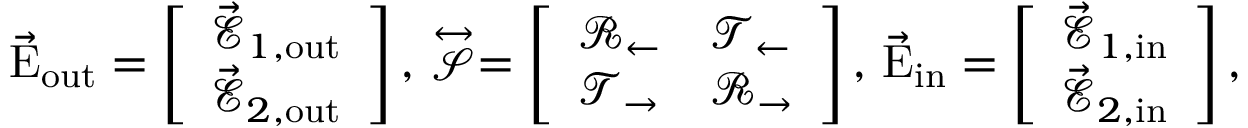
\vec { \mathrm { E } } _ { \mathrm { { o u t } } } = \left[ \begin{array} { l } { \vec { \mathcal { E } } _ { 1 , \mathrm { o u t } } } \\ { \vec { \mathcal { E } } _ { 2 , \mathrm { o u t } } } \end{array} \right] , \, \stackrel { \leftrightarrow } { \mathcal { S } } = \left[ \begin{array} { l l } { \mathcal { R } _ { \leftarrow } } & { \mathcal { T } _ { \leftarrow } } \\ { \mathcal { T } _ { \rightarrow } } & { \mathcal { R } _ { \rightarrow } } \end{array} \right] , \, \vec { \mathrm { E } } _ { \mathrm { { i n } } } = \left[ \begin{array} { l } { \vec { \mathcal { E } } _ { 1 , \mathrm { i n } } } \\ { \vec { \mathcal { E } } _ { 2 , \mathrm { i n } } } \end{array} \right] ,